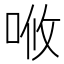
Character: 𠳘